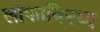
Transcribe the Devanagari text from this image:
लोकाविरुध्द